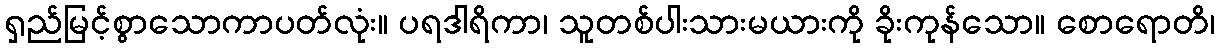
ရှည်မြင့်စွာသောကာပတ်လုံး။ ပရဒါရိကာ၊ သူတစ်ပါးသားမယားကို ခိုးကုန်သော။ စောရောတိ၊